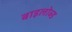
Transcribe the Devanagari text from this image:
बाइलोब्ड